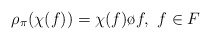
\begin{align*}\rho_{\pi}(\chi(f))=\chi(f)\o f,\,\,f\in F\end{align*}